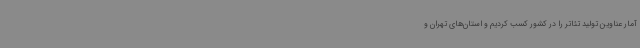
آمار عناوین تولید تئاتر را در کشور کسب کردیم و استان‌های تهران و